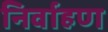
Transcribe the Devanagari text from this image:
निर्वाहण